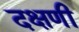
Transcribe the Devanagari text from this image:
दक्षणी